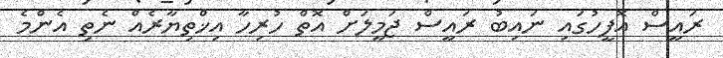
ރައީސް އޮފީހުގައި ނައިބު ރައީސް ޖަމީލަށް އޮތް ހުރިހާ އިޚްތިޔާރެއް ނެތި އެންމެ